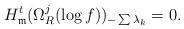
LaTeX: \begin{align*} H_{\mathfrak{m}}^{t}(\Omega_{R}^{j}(\log f))_{- \sum \lambda_{k}} = 0.\end{align*}